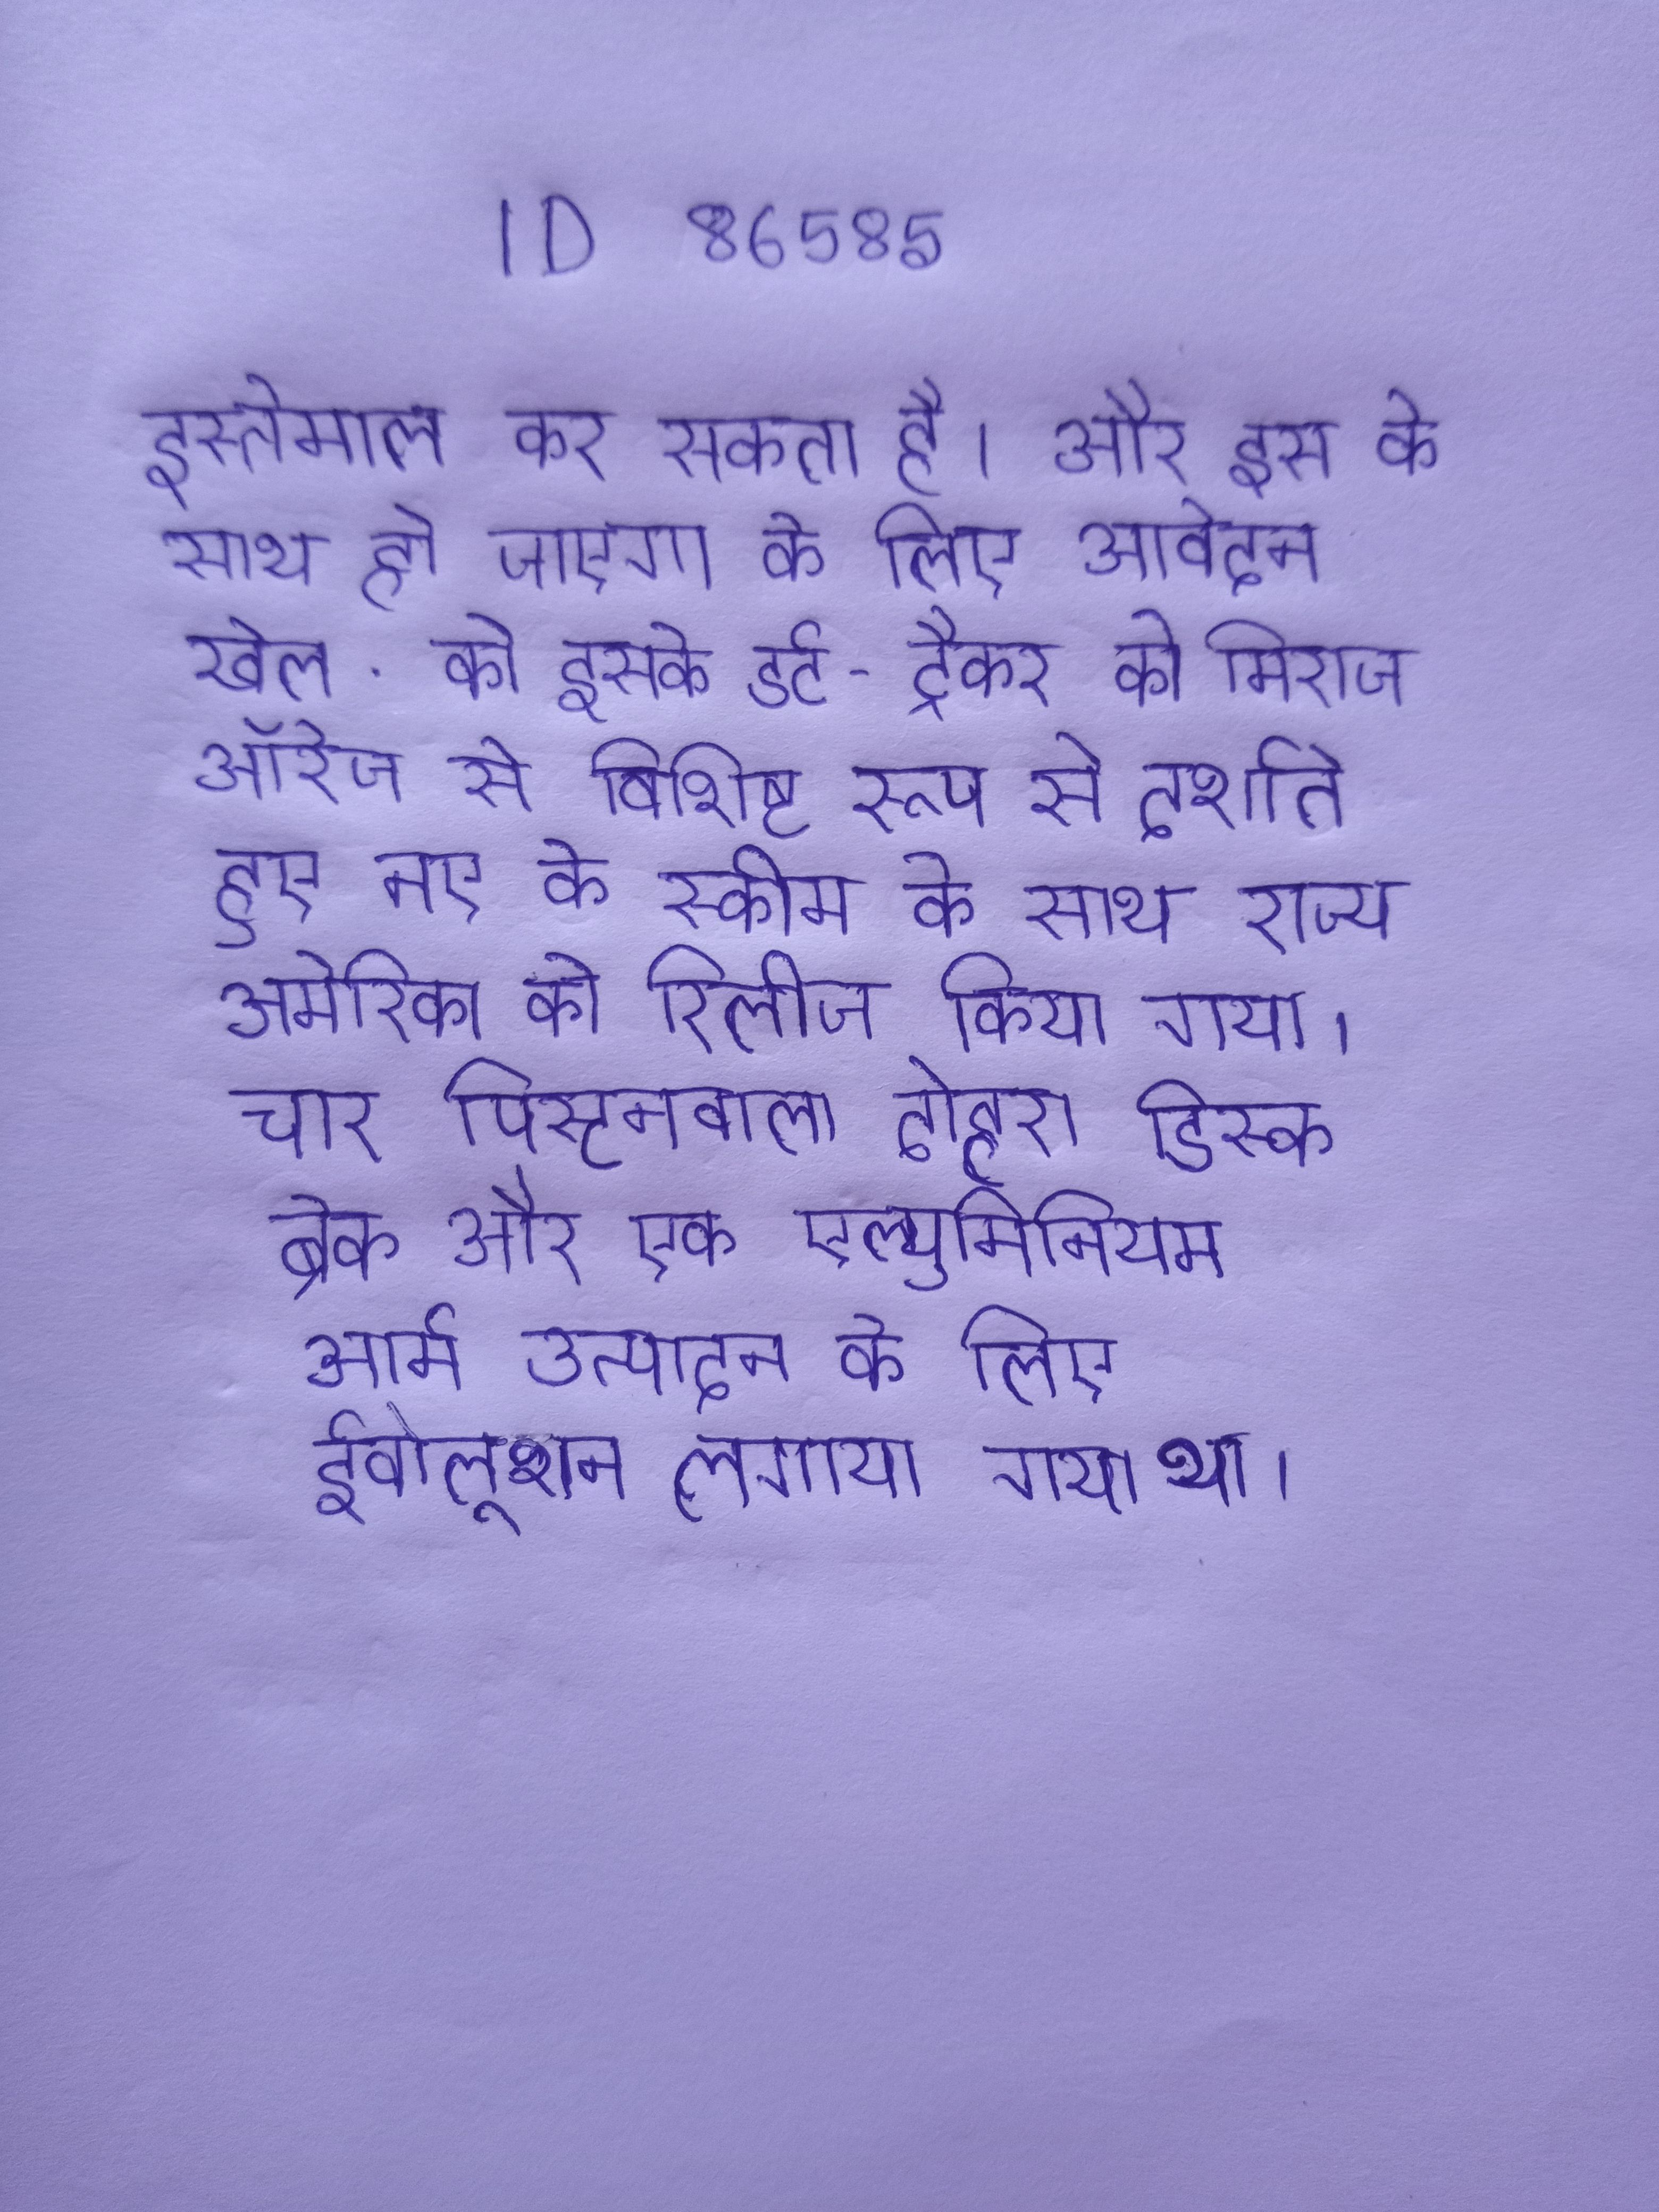
इस्तेमाल कर सकता है । और इस के साथ हो जाएगा के लिए आवेदन खेल . को इसके डर्ट-ट्रैकर को मिराज ऑरेज से विशिष्ट रूप से दर्शाते हुए नए के स्कीम के साथ राज्य अमेरिका को रिलीज किया गया । चार पिस्टनवाला दोहरा डिस्क ब्रेक और एक एल्युमिनियम आर्म उत्पादन के लिए ईवोलूशन लगाया गया था ।